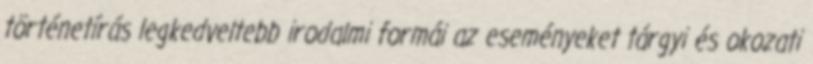
történetírás legkedveltebb irodalmi formái az eseményeket tárgyi és okozati